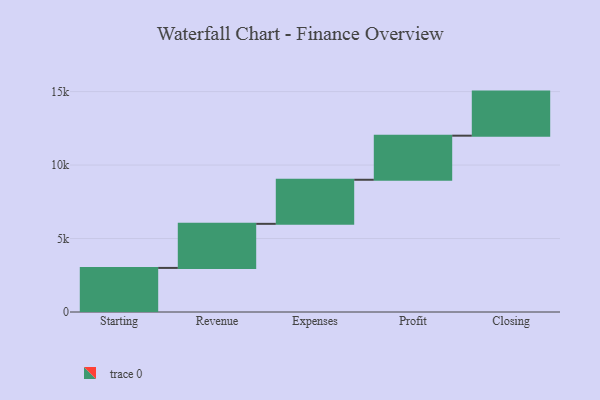
{"axis": {"x": "Step", "y": "Value"}, "legend": [""], "data": [{"x": "Starting", "y": 3000, "type": ""}, {"x": "Revenue", "y": 3000, "type": ""}, {"x": "Expenses", "y": 3000, "type": ""}, {"x": "Profit", "y": 3000, "type": ""}, {"x": "Closing", "y": 3000, "type": ""}]}